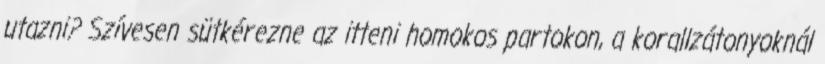
utazni? Szívesen sütkérezne az itteni homokos partokon, a korallzátonyoknál